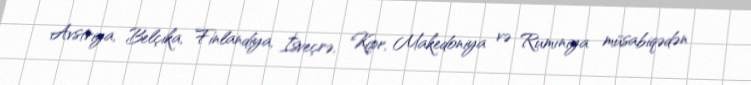
Avstriya, Belçika, Finlandiya, İsveçrə, Kipr, Makedoniya və Rumıniya müsabiqədən